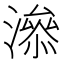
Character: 㵕